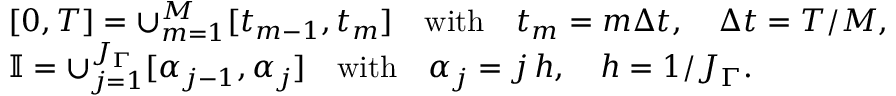
\begin{array} { r l } & { [ 0 , T ] = \cup _ { m = 1 } ^ { M } [ t _ { m - 1 } , t _ { m } ] \quad \mathrm { w i t h } \quad t _ { m } = m \Delta t , \quad \Delta t = T / M , } \\ & { \mathbb { I } = \cup _ { j = 1 } ^ { J _ { \Gamma } } [ \alpha _ { j - 1 } , \alpha _ { j } ] \quad \mathrm { w i t h } \quad \alpha _ { j } = j \, h , \quad h = 1 / J _ { \Gamma } . } \end{array}